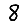
Digit: 8